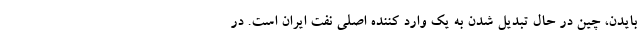
بایدن، چین در حال تبدیل شدن به یک وارد کننده اصلی نفت ایران است. در